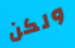
ولكن